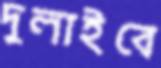
দুলাইবে